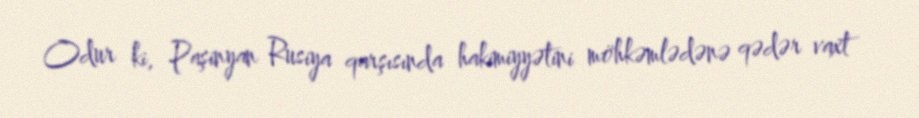
Odur ki, Paşinyan Rusiya qarşısında hakimiyyətini möhkəmlədənə qədər vaxt